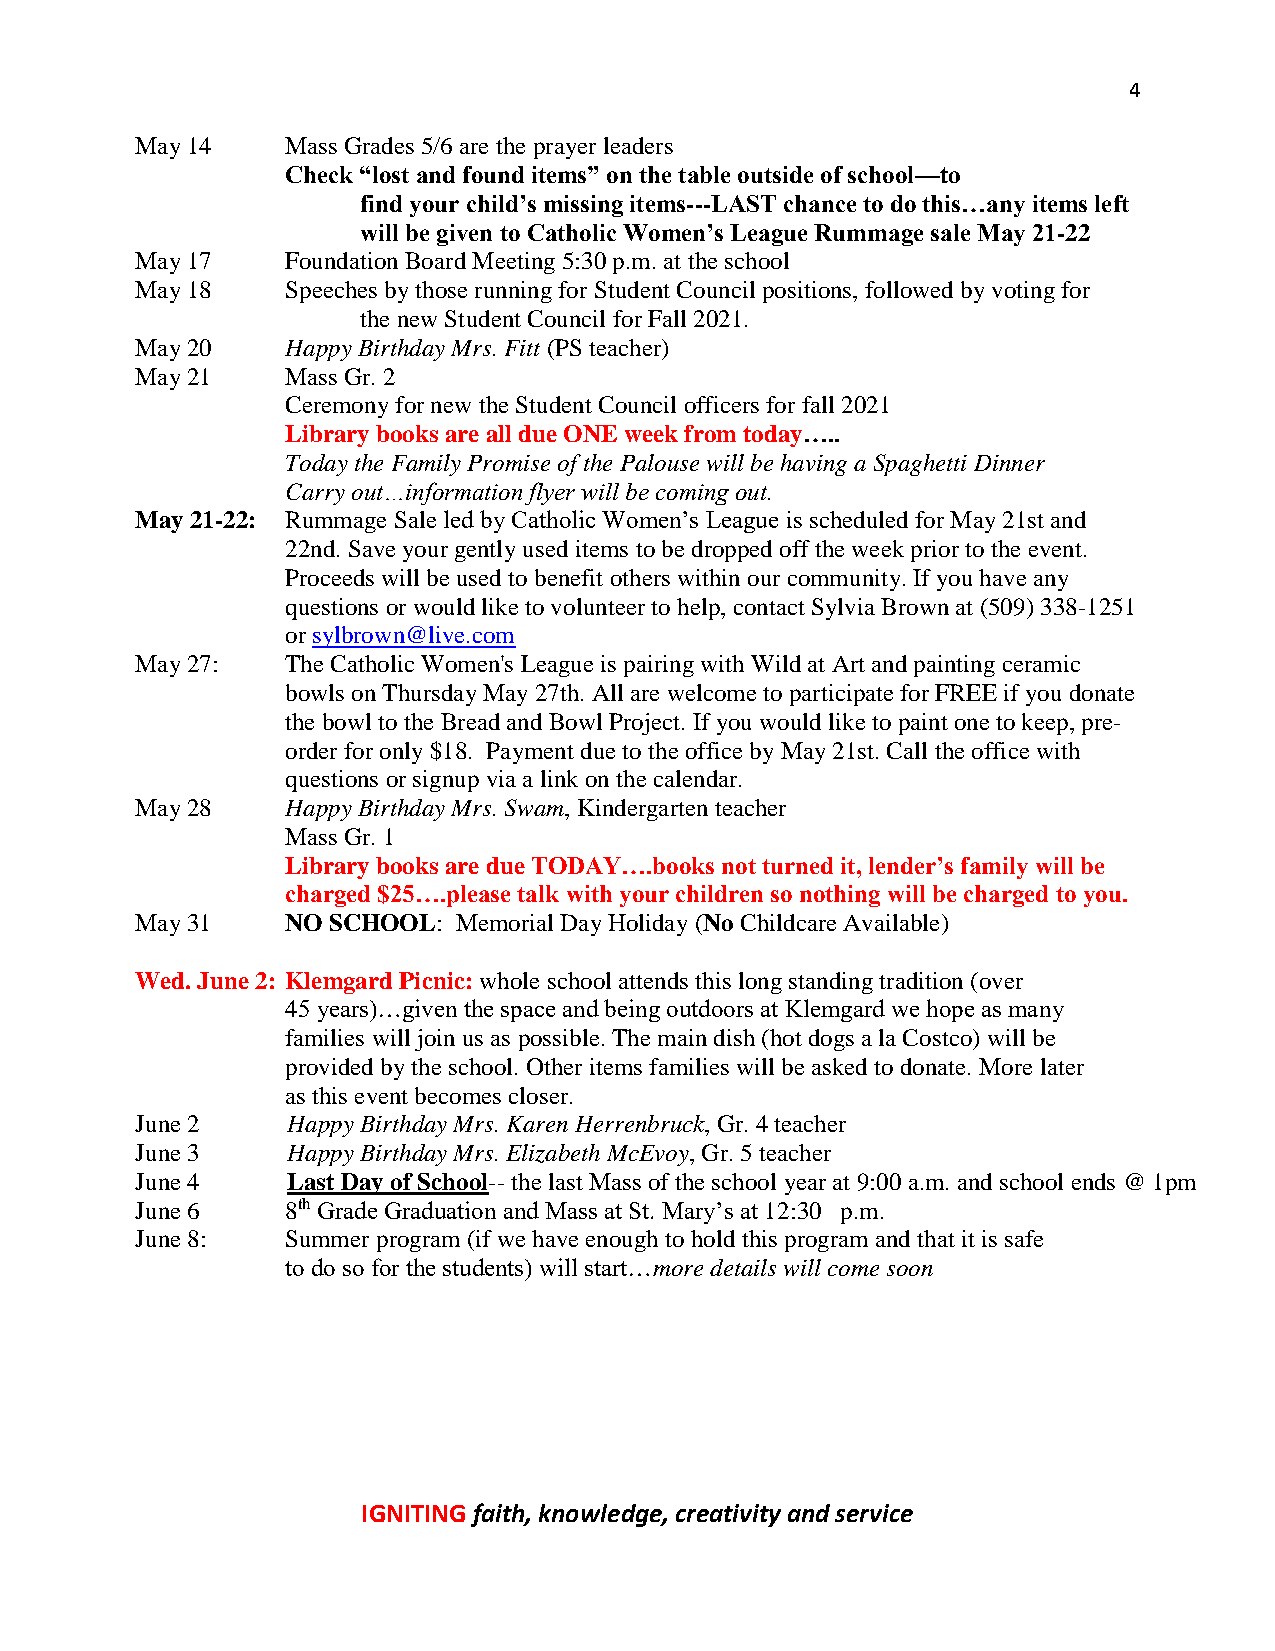
4
 May 14    Mass Grades 5/6 are the prayer leaders
 Check “lost and found items” on the table outside of school—to
 find your child’s missing items---LAST chance to do this…any items left
 will be given to Catholic Women’s League Rummage sale May 21-22
 May 17    Foundation Board Meeting 5:30 p.m. at the school
 May 18    Speeches by those running for Student Council positions, followed by voting for
 the new Student Council for Fall 2021.
 May 20    Happy Birthday Mrs. Fitt (PS teacher)
 May 21    Mass Gr. 2
 Ceremony for new the Student Council officers for fall 2021
 Library books are all due ONE week from today…..
 Today the Family Promise of the Palouse will be having a Spaghetti Dinner
 Carry out…information flyer will be coming out.
 May 21-22: Rummage Sale led by Catholic Women’s League is scheduled for May 21st and
 22nd. Save your gently used items to be dropped off the week prior to the event.
 Proceeds will be used to benefit others within our community. If you have any
 questions or would like to volunteer to help, contact Sylvia Brown at (509) 338-1251
 or sylbrown@live.com
 May 27:   The Catholic Women's League is pairing with Wild at Art and painting ceramic
 bowls on Thursday May 27th. All are welcome to participate for FREE if you donate
 the bowl to the Bread and Bowl Project. If you would like to paint one to keep, pre-
 order for only $18. Payment due to the office by May 21st. Call the office with
 questions or signup via a link on the calendar.
 May 28    Happy Birthday Mrs. Swam, Kindergarten teacher
 Mass Gr. 1
 Library books are due TODAY….books not turned it, lender’s family will be
 charged $25….please talk with your children so nothing will be charged to you.
 May 31    NO SCHOOL: Memorial Day Holiday (No Childcare Available)
 Wed. June 2: Klemgard Picnic: whole school attends this long standing tradition (over
 45 years)…given the space and being outdoors at Klemgard we hope as many
 families will join us as possible. The main dish (hot dogs a la Costco) will be
 provided by the school. Other items families will be asked to donate. More later
 as this event becomes closer.
 June 2    Happy Birthday Mrs. Karen Herrenbruck, Gr. 4 teacher
 June 3    Happy Birthday Mrs. Elizabeth McEvoy, Gr. 5 teacher
 June 4    Last Day of School-- the last Mass of the school year at 9:00 a.m. and school ends @ 1pm
 June 6    8th Grade Graduation and Mass at St. Mary’s at 12:30 p.m.
 June 8:   Summer program (if we have enough to hold this program and that it is safe
 to do so for the students) will start…more details will come soon
 IGNITING faith, knowledge, creativity and service